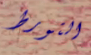
التورط